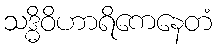
သဒ္ဓိဝိဟာရိကေနေတံ